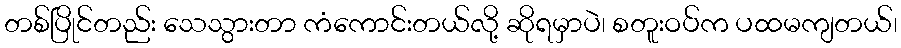
တစ်ပြိုင်တည်း သေသွားတာ ကံကောင်းတယ်လို့ ဆိုရမှာပဲ၊ စတူးဝပ်က ပထမကျတယ်၊